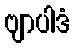
ဗျာပါဒံ